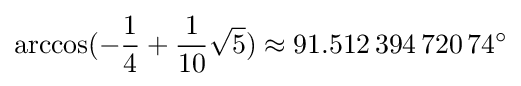
\arccos(-{\frac {1}{4}}+{\frac {1}{10}}{\sqrt {5}})\approx 91.512\,394\,720\,74^{\circ }